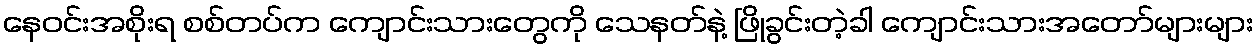
နေဝင်းအစိုးရ စစ်တပ်က ကျောင်းသားတွေကို သေနတ်နဲ့ ဖြိုခွင်းတဲ့ခါ ကျောင်းသားအတော်များများ